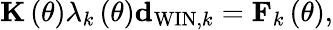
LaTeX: {\mathbf K}\left(\theta\right)\lambda_{k}\left(\theta\right){\mathbf d}_{\mathrm{WIN},k}={\mathbf F}_{k}\left(\theta\right),